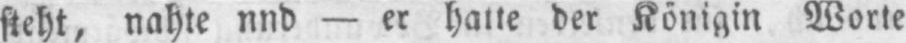
steht, nahte und - er hatte der Königin Worte